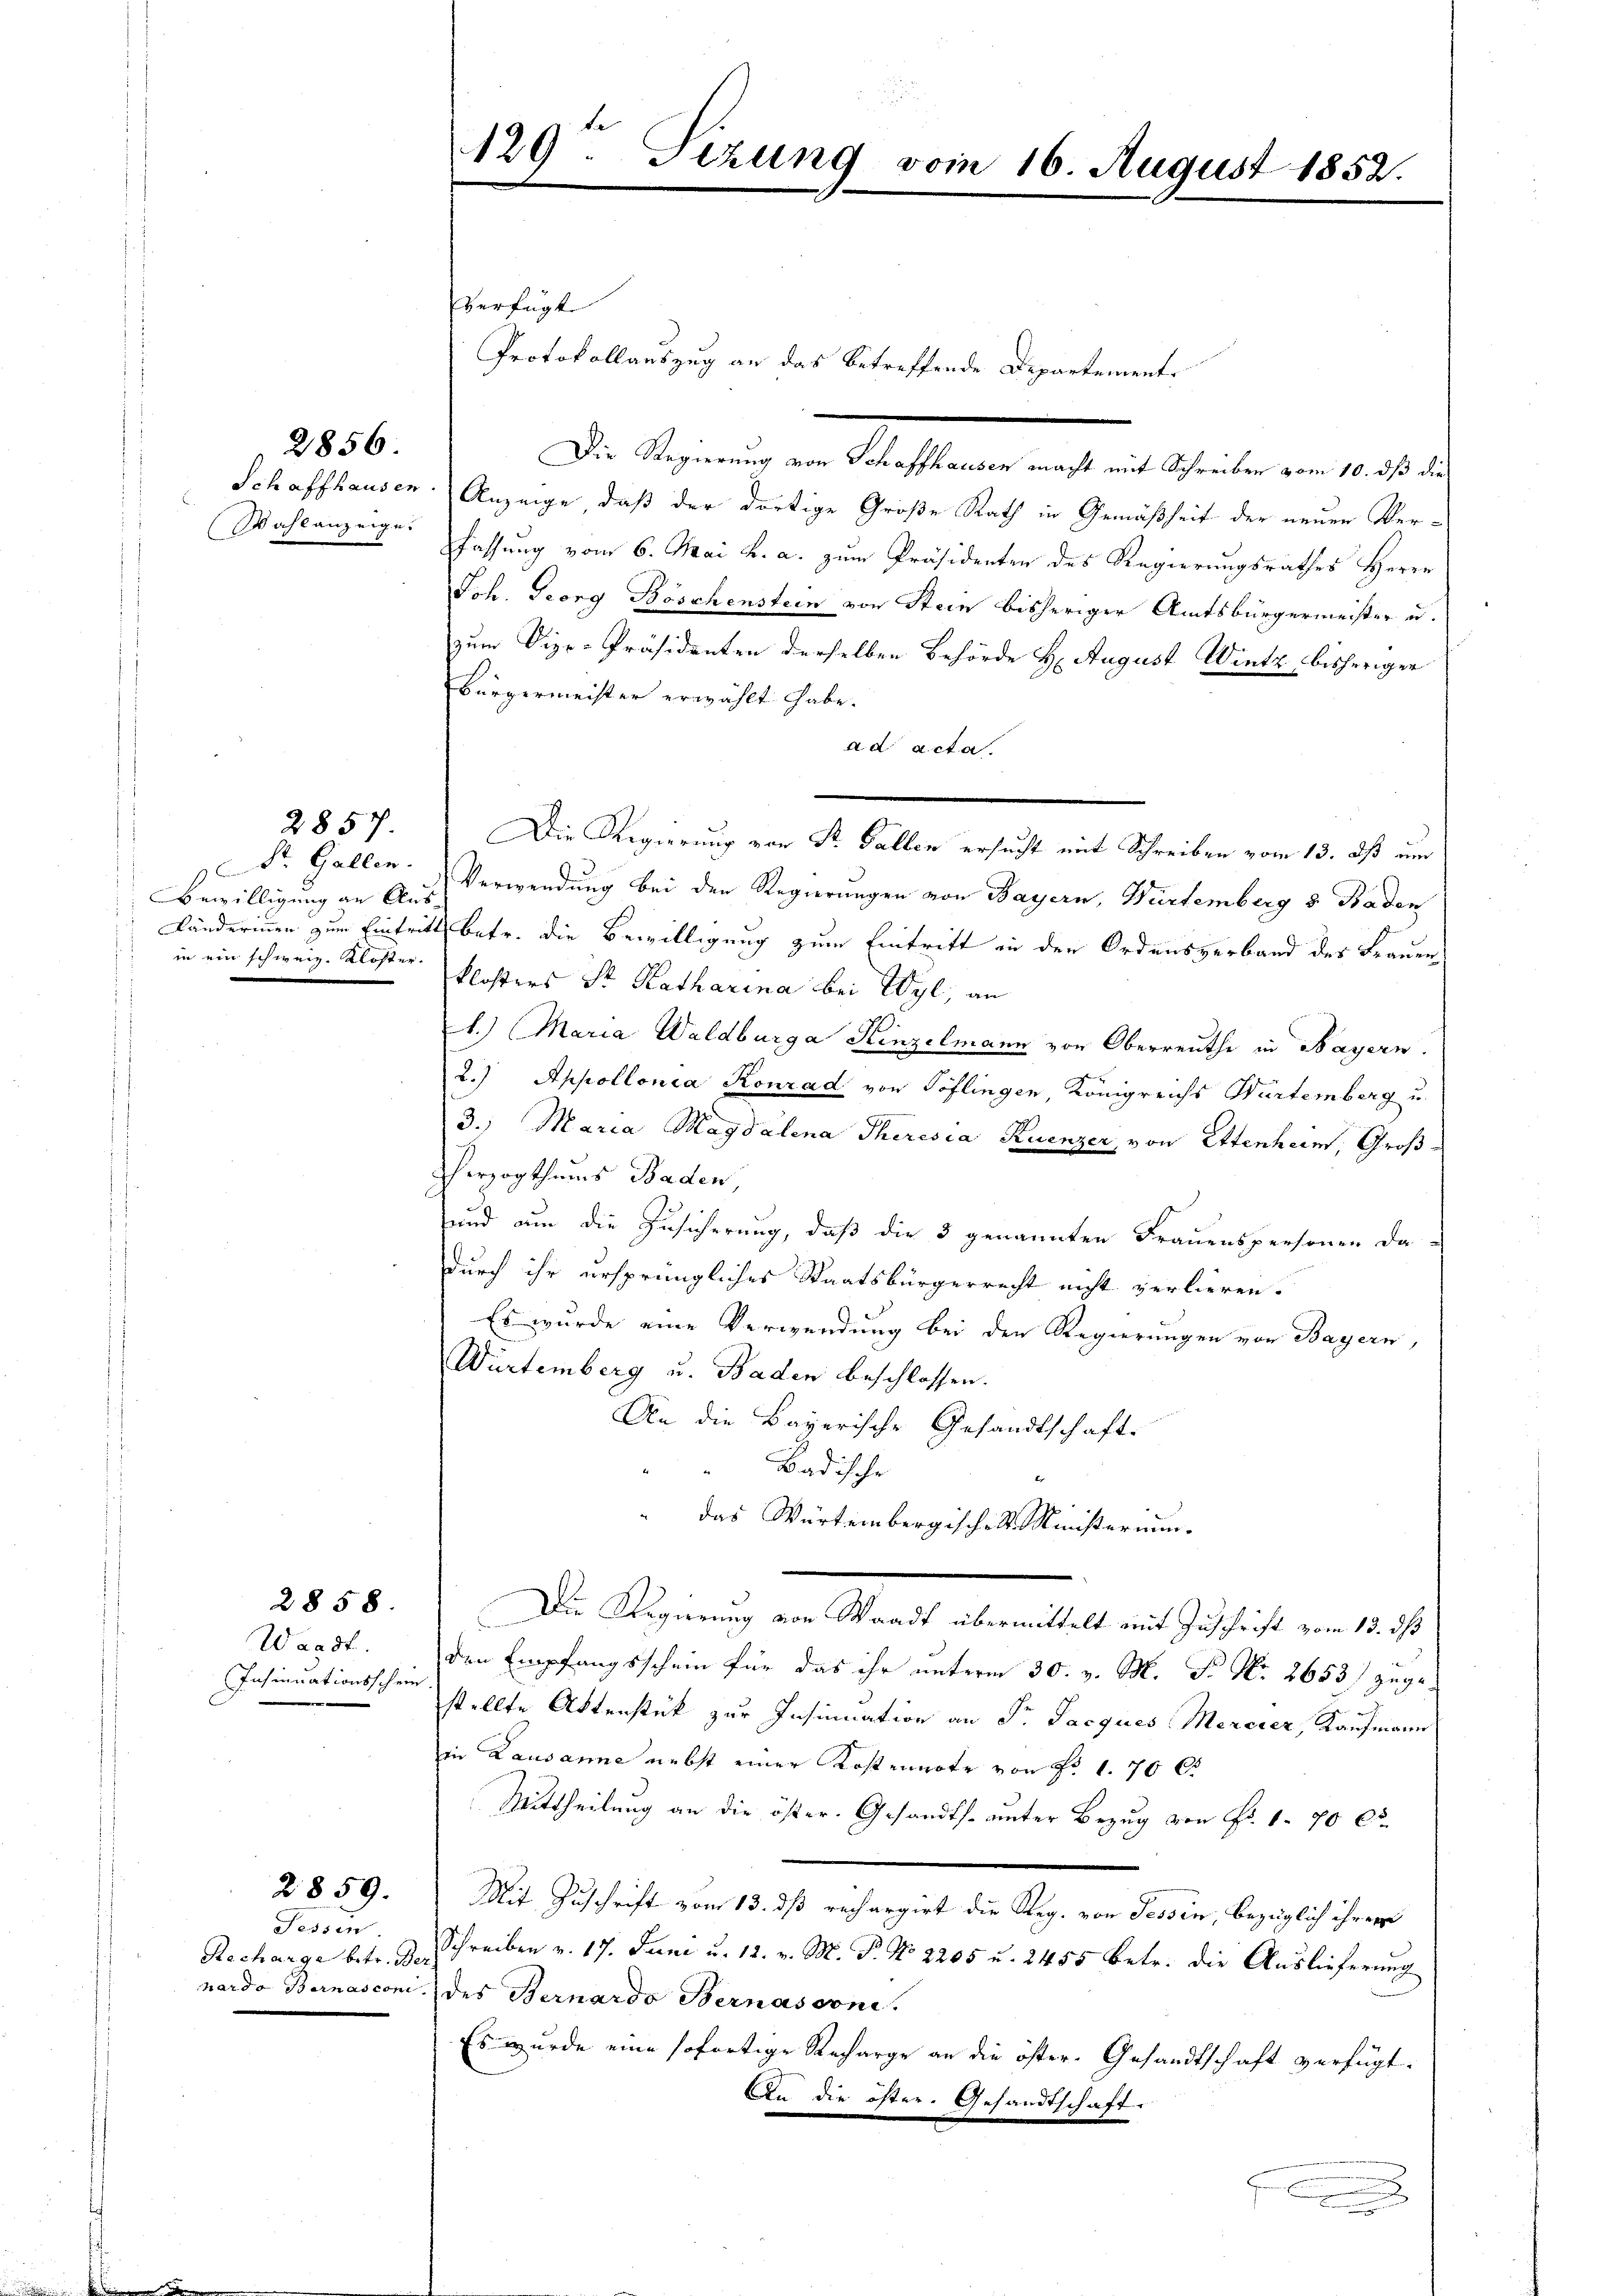
Wahlanzeige.

2856.

Dr. Gallen.
Bewilligung an Aus¬
 in ein schweiz. Koster.

2857.

Waadt.
Insinuationsschein
e

2858.

Tessin
Recharge betr. Ber
nardo Bernasconi

2859.

129. Sezung vom 16. August 1852.

verfügt
Protokollauszug an das betreffende Departement-
Die Meinung an dieselben ein ein heute er an die
Schaffhausen. Anzeige, daß der dortige Große Rath in Gemäßheit der neuen Verfassung vom 6. Mai h. a. zum Präsidenten des Regierungsrathes Herrn
Joh. Georg Böschenstein von Stein bisheriger Amtsbürgermeister u.
zum Vize-Präsidenten derselben Behörde H. August Wintz, bisheriger
Bürgermeister erwählt habe.
ad acta.
Verwendung bei den Regierungen von Bayern, Würtemberg 5 Baden
Länderinnen zum Eintritt betr. die Bewilligung zum Eintritt in den Ordensverband des Frauen
klosters Sr. Katharina bei Wyl, an
1.) Maria Waldburga Hinzelmann von Oberreuthe in Bayern.
2.) Appollonia Konrad von Toflingen, Königreichs Würtemberg u.
3. Maria Magdalena Theresia Ruenzer, von Ettenheim, Groß-
zherzogthums Baden,
ŭnd um die Zusicherŭng, daβ die 3 genannten Fraŭenspersonen da-
durch ihr ursprüngliches Staatsbürgerrecht nicht verlieren.
Es wurde eine Verwendung bei den Regierungen von Bayern,
Würtemberg u. Baden beschlossen.
An die Bayerische Gesandtschaft.
Badische
A
 das Würtembergische St. Ministerium.
Die Regierung von Waadt übermittelt mit Zuschrift vom 13. ds
den Empfangsschein für das ihr unterm 30. v. M. P. Nr. 2653/ zugestellte Aktenstück zur Insinuation an Dr. Jacques Mererer, Kaufmann
in Lausanne nebst einer Kostennote von Fr. 1. 70 C
Mittheilung an die öster. Gesandts. unter Bezug von Fr. 1. 70 Ct
Mit Zuschrift vom 13. ds rechargirt die Reg. von Tessin, bezüglich ihrer
Schreiben v. 17. Juni u. 12. v. M. P. No 2205 u. 2455 betr. die Auslieferung
des Bernardo Bernascone.
Es wurde eine sofortige Recharge an die öfter- Gesandtschaft verfügt:
An die öster. Gesandtschaft
a

Die Regierung von Dr. Gallen ersucht mit Schreiben vom 13. ds um